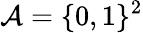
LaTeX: \mathcal{A}=\{ 0,1\} ^{2}